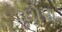
ધોરા